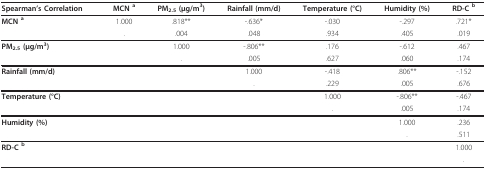
| Spearman's Correlation | MCN a | PM2.5 (μg/m3) | Rainfall (mm/d) | Temperature (°C) | Humidity (%) | RD-C b |
 | --- | --- | --- | --- | --- | --- | --- |
 | MCN a | 1.000 | .818** | -.636* | -.030 | -.297 | .721* |
 |  | . | .004 | .048 | .934 | .405 | .019 |
 | PM2.5 (μg/m3) |  | 1.000 | -.806** | .176 | -.612 | .467 |
 |  |  | . | .005 | .627 | .060 | .174 |
 | Rainfall (mm/d) |  |  | 1.000 | -.418 | .806** | -.152 |
 |  |  |  | . | .229 | .005 | .676 |
 | Temperature (°C) |  |  |  | 1.000 | -.806** | -.467 |
 |  |  |  |  | . | .005 | .174 |
 | Humidity (%) |  |  |  |  | 1.000 | .236 |
 |  |  |  |  |  | . | .511 |
 | RD-C b |  |  |  |  |  | 1.000 |
 |  |  |  |  |  |  | . |